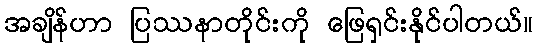
အချိန်ဟာ ပြဿနာတိုင်းကို ဖြေရှင်းနိုင်ပါတယ်။